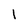
Character: 1